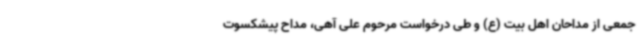
جمعی از مداحان اهل بیت (ع) و طی درخواست مرحوم علی آهی، مداح پیشکسوت